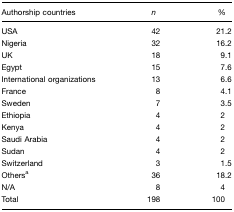
<table><thead><tr><td><b>Authorship countries</b></td><td><b><i>n</i></b></td><td><b>%</b></td></tr></thead><tbody><tr><td>USA</td><td>42</td><td>21.2</td></tr><tr><td>Nigeria</td><td>32</td><td>16.2</td></tr><tr><td>UK</td><td>18</td><td>9.1</td></tr><tr><td>Egypt</td><td>15</td><td>7.6</td></tr><tr><td>International organizations</td><td>13</td><td>6.6</td></tr><tr><td>France</td><td>8</td><td>4.1</td></tr><tr><td>Sweden</td><td>7</td><td>3.5</td></tr><tr><td>Ethiopia</td><td>4</td><td>2</td></tr><tr><td>Kenya</td><td>4</td><td>2</td></tr><tr><td>Saudi Arabia</td><td>4</td><td>2</td></tr><tr><td>Sudan</td><td>4</td><td>2</td></tr><tr><td>Switzerland</td><td>3</td><td>1.5</td></tr><tr><td>Othersa</td><td>36</td><td>18.2</td></tr><tr><td>N/A</td><td>8</td><td>4</td></tr><tr><td>Total</td><td>198</td><td>100</td></tr></tbody></table>